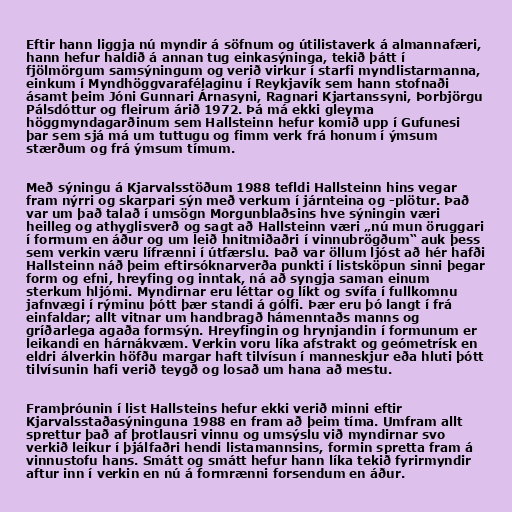
Eftir hann liggja nú myndir á söfnum og útilistaverk á almannafæri,
hann hefur haldið á annan tug einkasýninga, tekið þátt í
fjölmörgum samsýningum og verið virkur í starfi myndlistarmanna,
einkum í Myndhöggvarafélaginu í Reykjavík sem hann stofnaði
ásamt þeim Jóni Gunnari Árnasyni, Ragnari Kjartanssyni, Þorbjörgu
Pálsdóttur og fleirum árið 1972. Þá má ekki gleyma
höggmyndagarðinum sem Hallsteinn hefur komið upp í Gufunesi
þar sem sjá má um tuttugu og fimm verk frá honum í ýmsum
stærðum og frá ýmsum tímum.

Með sýningu á Kjarvalsstöðum 1988 tefldi Hallsteinn hins vegar
fram nýrri og skarpari sýn með verkum í járnteina og -plötur. Það
var um það talað í umsögn Morgunblaðsins hve sýningin væri
heilleg og athyglisverð og sagt að Hallsteinn væri „nú mun öruggari
í formum en áður og um leið hnitmiðaðri í vinnubrögðum“ auk þess
sem verkin væru lífrænni í útfærslu. Það var öllum ljóst að hér hafði
Hallsteinn náð þeim eftirsóknarverða punkti í listsköpun sinni þegar
form og efni, hreyfing og inntak, ná að syngja saman einum
sterkum hljómi. Myndirnar eru léttar og líkt og svífa í fullkomnu
jafnvægi í rýminu þótt þær standi á gólfi. Þær eru þó langt í frá
einfaldar; allt vitnar um handbragð hámenntaðs manns og
gríðarlega agaða formsýn. Hreyfingin og hrynjandin í formunum er
leikandi en hárnákvæm. Verkin voru líka afstrakt og geómetrísk en
eldri álverkin höfðu margar haft tilvísun í manneskjur eða hluti þótt
tilvísunin hafi verið teygð og losað um hana að mestu.

Framþróunin í list Hallsteins hefur ekki verið minni eftir
Kjarvalsstaðasýninguna 1988 en fram að þeim tíma. Umfram allt
sprettur það af þrotlausri vinnu og umsýslu við myndirnar svo
verkið leikur í þjálfaðri hendi listamannsins, formin spretta fram á
vinnustofu hans. Smátt og smátt hefur hann líka tekið fyrirmyndir
aftur inn í verkin en nú á formrænni forsendum en áður.